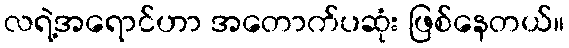
လရဲ့အရောင်ဟာ အတောက်ပဆုံး ဖြစ်နေတယ်။